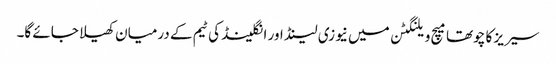
سیریز کا چوتھا میچ ویلنگٹن میں نیوزی لینڈ اور انگلینڈ کی ٹیم کے درمیان کھیلا جائے گا۔